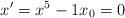
LaTeX: \begin{align*}x^{\prime}=x^{5}-1x_{0}=0 \end{align*}